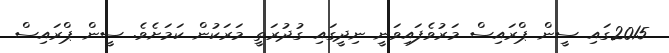
2015ގައި ސީން ޕްރައިސް މަރުވެފައިވަނީ ނިދީގައި ގުދުރަތީ މަރަކުން ކަމަށެވެ. ސީން ޕްރައިސް